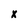
Character: x